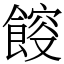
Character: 𩜯